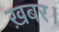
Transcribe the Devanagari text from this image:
ख़बर।